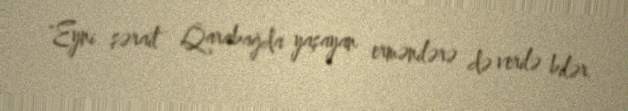
"Eyni şərait Qarabağda yaşayan ermənilərə də verilə bilər.